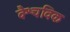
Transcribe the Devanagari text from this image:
वैश्चविक